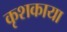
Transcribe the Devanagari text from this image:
कृशकाया